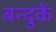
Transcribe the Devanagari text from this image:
बन्दुकें